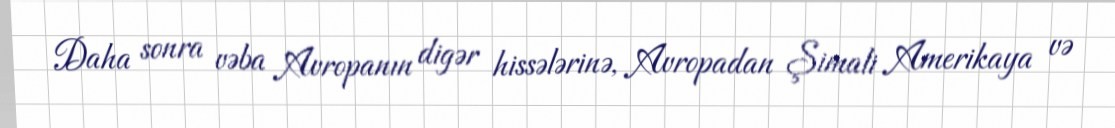
Daha sonra vəba Avropanın digər hissələrinə, Avropadan Şimali Amerikaya və